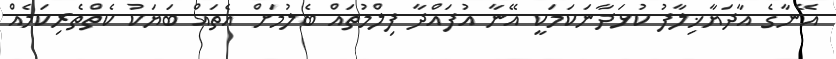
އޭނާގެ އާދަޔާޚިލާފު ކުޅަދާނަކަމަކީ އޭނާ އުފައްދާ ފިލްމުތައް ބެލުމަށް އެތައް ބަޔަކު ކެތްތެރިކަމެއް